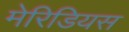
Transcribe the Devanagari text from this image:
मेरिडियस